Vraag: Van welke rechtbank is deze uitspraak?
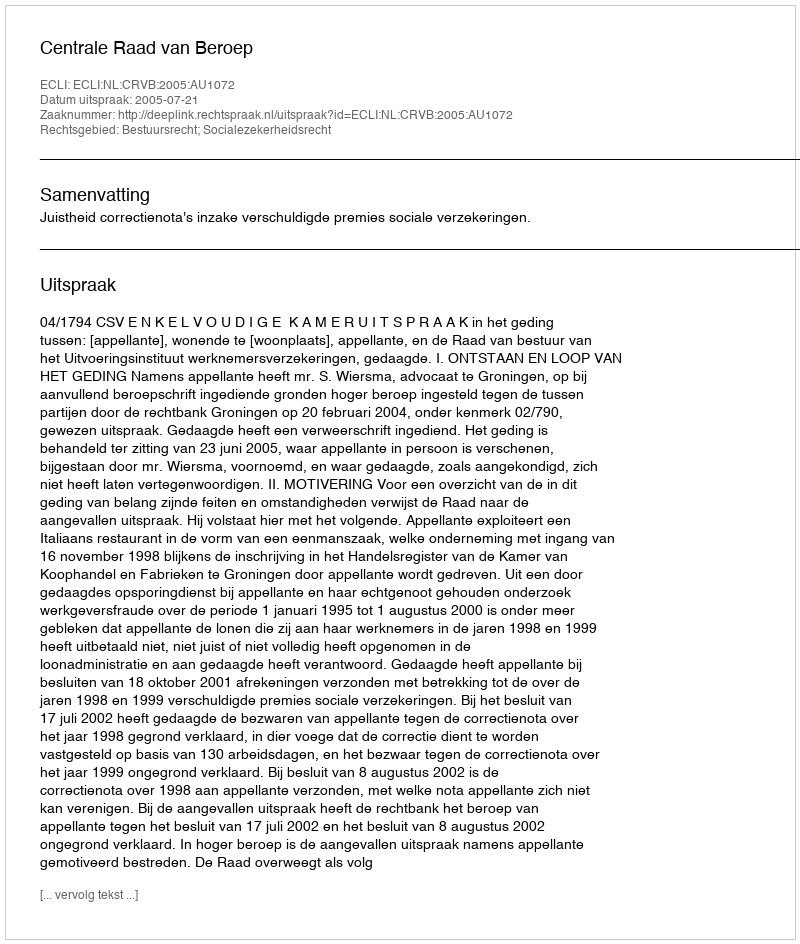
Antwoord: Centrale Raad van Beroep